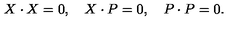
X \cdot X = 0 , \quad X \cdot P = 0 , \quad P \cdot P = 0 .